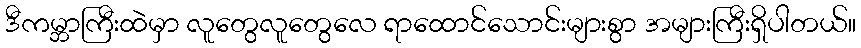
ဒီကမ္ဘာကြီးထဲမှာ လူတွေလူတွေလေ ရာထောင်သောင်းများစွာ အများကြီးရှိပါတယ်။